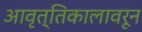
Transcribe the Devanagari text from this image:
आवृत्तिकालावरून